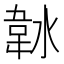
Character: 𱂀